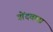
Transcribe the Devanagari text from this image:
गोंदवाना